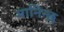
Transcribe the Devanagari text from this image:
मानिन्छ